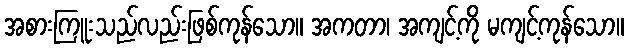
အစားကြူးသည်လည်းဖြစ်ကုန်သော။ အကတာ၊ အကျင့်ကို မကျင့်ကုန်သော။